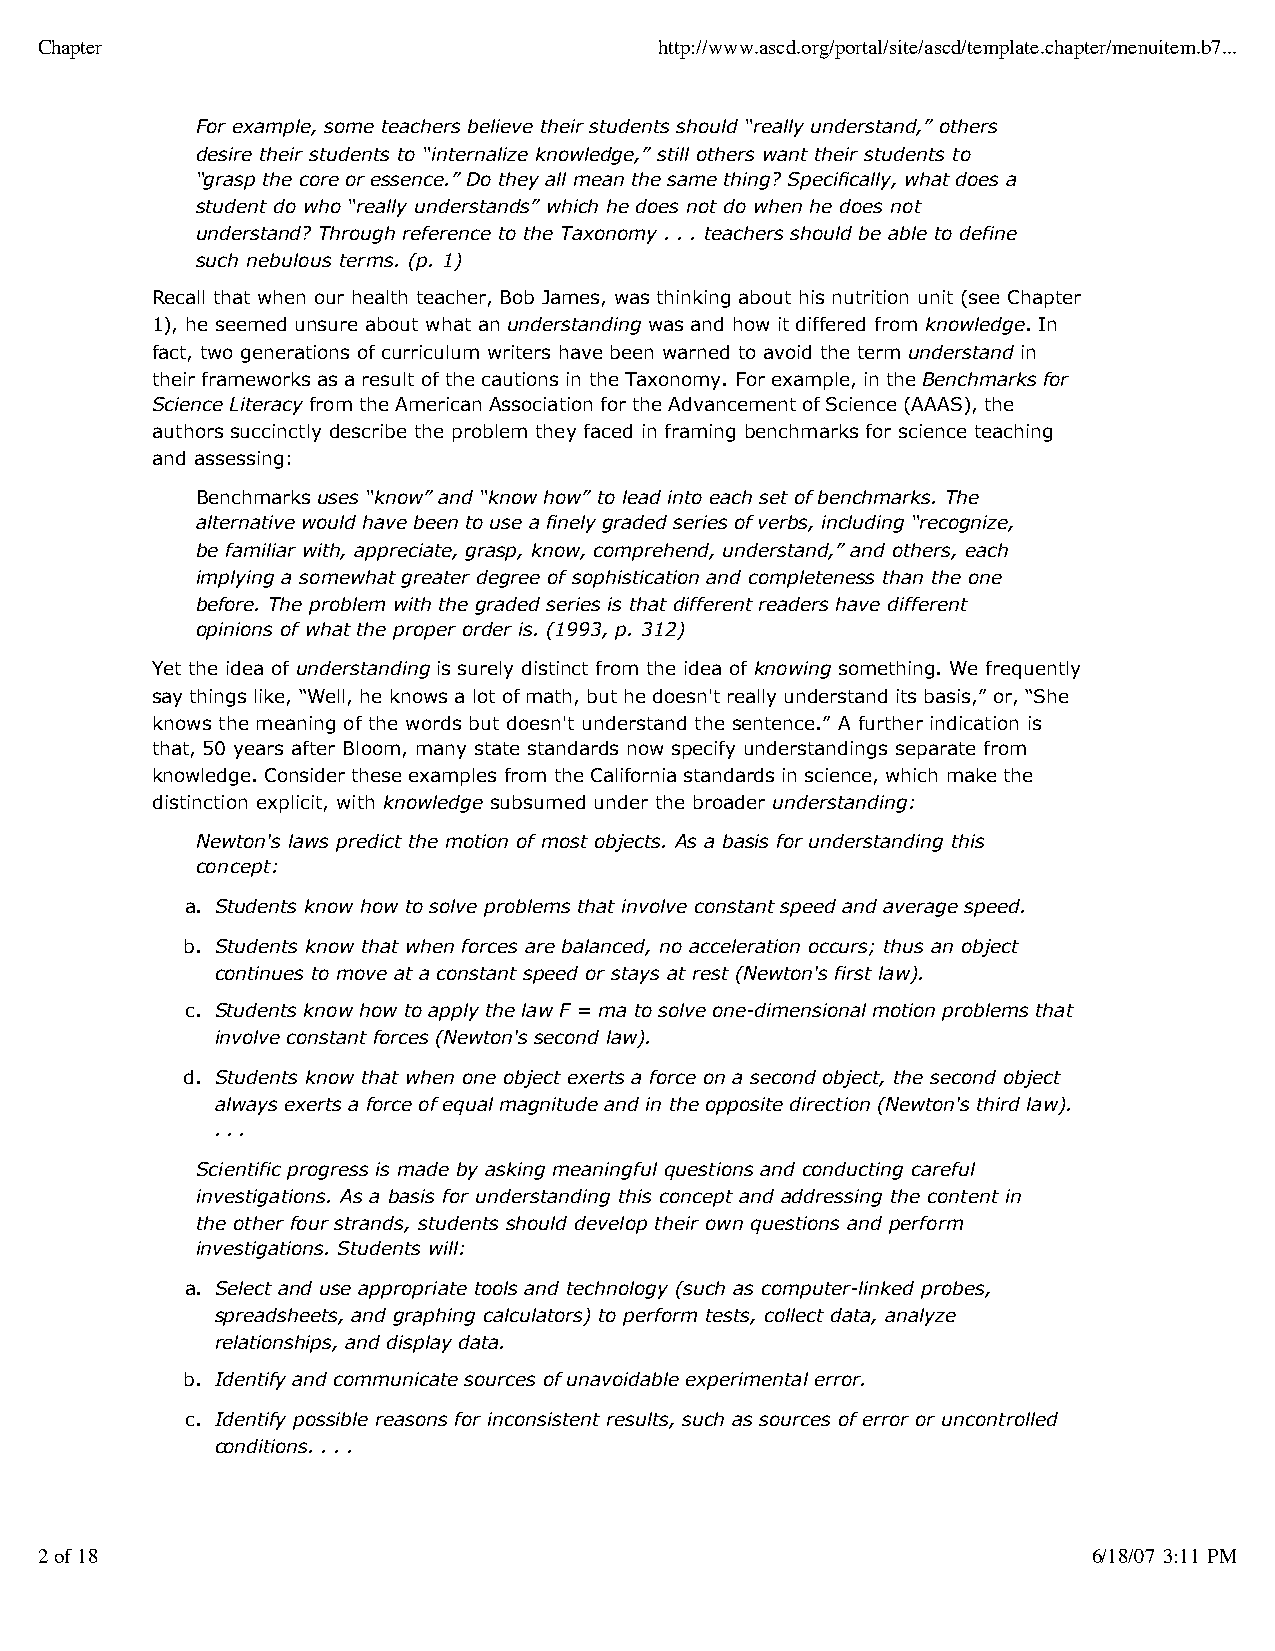
Chapter                                   http://www.ascd.org/portal/site/ascd/template.chapter/menuitem.b7...
 For example, some teachers believe their students should “really understand,” others
 desire their students to “internalize knowledge,” still others want their students to
 “grasp the core or essence.” Do they all mean the same thing? Specifically, what does a
 student do who “really understands” which he does not do when he does not
 understand? Through reference to the Taxonomy . . . teachers should be able to define
 such nebulous terms. (p. 1)
 Recall that when our health teacher, Bob James, was thinking about his nutrition unit (see Chapter
 1), he seemed unsure about what an understanding was and how it differed from knowledge. In
 fact, two generations of curriculum writers have been warned to avoid the term understand in
 their frameworks as a result of the cautions in the Taxonomy. For example, in the Benchmarks for
 Science Literacy from the American Association for the Advancement of Science (AAAS), the
 authors succinctly describe the problem they faced in framing benchmarks for science teaching
 and assessing:
 Benchmarks uses “know” and “know how” to lead into each set of benchmarks. The
 alternative would have been to use a finely graded series of verbs, including “recognize,
 be familiar with, appreciate, grasp, know, comprehend, understand,” and others, each
 implying a somewhat greater degree of sophistication and completeness than the one
 before. The problem with the graded series is that different readers have different
 opinions of what the proper order is. (1993, p. 312)
 Yet the idea of understanding is surely distinct from the idea of knowing something. We frequently
 say things like, “Well, he knows a lot of math, but he doesn't really understand its basis,” or, “She
 knows the meaning of the words but doesn't understand the sentence.” A further indication is
 that, 50 years after Bloom, many state standards now specify understandings separate from
 knowledge. Consider these examples from the California standards in science, which make the
 distinction explicit, with knowledge subsumed under the broader understanding:
 Newton's laws predict the motion of most objects. As a basis for understanding this
 concept:
 a. Students know how to solve problems that involve constant speed and average speed.
 b. Students know that when forces are balanced, no acceleration occurs; thus an object
 continues to move at a constant speed or stays at rest (Newton's first law).
 c. Students know how to apply the law F = ma to solve one-dimensional motion problems that
 involve constant forces (Newton's second law).
 d. Students know that when one object exerts a force on a second object, the second object
 always exerts a force of equal magnitude and in the opposite direction (Newton's third law).
 . . .
 Scientific progress is made by asking meaningful questions and conducting careful
 investigations. As a basis for understanding this concept and addressing the content in
 the other four strands, students should develop their own questions and perform
 investigations. Students will:
 a. Select and use appropriate tools and technology (such as computer-linked probes,
 spreadsheets, and graphing calculators) to perform tests, collect data, analyze
 relationships, and display data.
 b. Identify and communicate sources of unavoidable experimental error.
 c. Identify possible reasons for inconsistent results, such as sources of error or uncontrolled
 conditions. . . .
 2 of 18                                                               6/18/07 3:11 PM